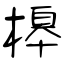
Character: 槔